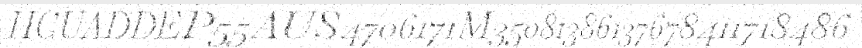
HCUADDEP55AUS4706171M35081386137678411718486